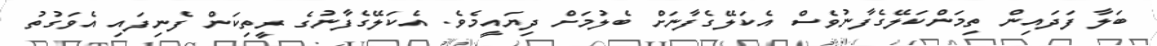
ބަލާ ފަދައިން ތިމަންކަލޭގެފާނުވެސް އެކަލޭގެފާނަށް ބެލުމަށް ދިޔައީމެވެ. އެކަލޭގެފާނުގެ ރީތިކަން ފެނިފައި އެވަގުތު